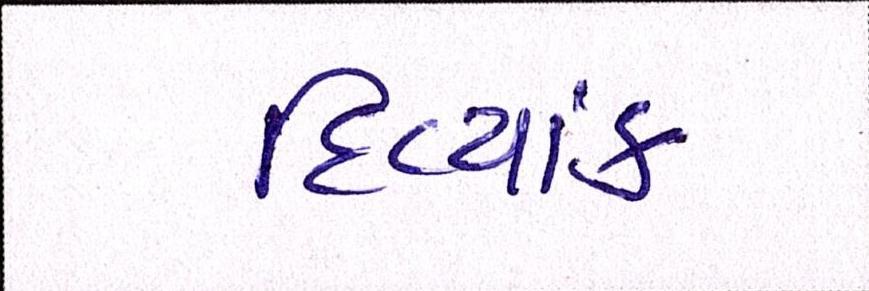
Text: દિવ્યાંક